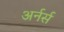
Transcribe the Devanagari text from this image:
अर्नर्स